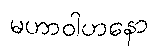
မဟာဝါဟနော